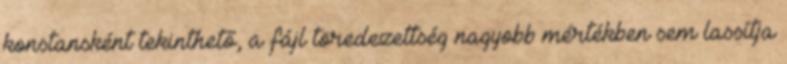
konstansként tekinthető, a fájl töredezettség nagyobb mértékben sem lassítja